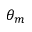
\theta _ { m }